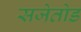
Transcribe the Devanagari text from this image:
सजेतोड